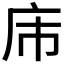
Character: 𪪌